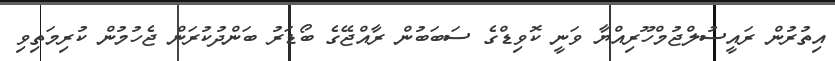
އިތުރުން ރައީސުލްޖުމްހޫރިއްޔާ ވަނީ ކޮވިޑްގެ ސަބަބުން ރާއްޖޭގެ ބޯޑަރު ބަންދުކުރަން ޖެހުމުން ކުރިމަތިވި